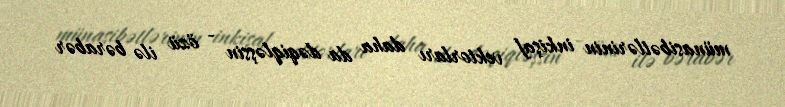
münasibətlərinin inkişaf vektorları daha da dəqiqləşsin - özü ilə bərabər